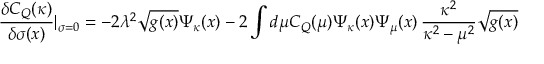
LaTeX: \frac { \delta C _ { Q } ( \kappa ) } { \delta \sigma ( x ) } | _ { \sigma = 0 } = - 2 \lambda ^ { 2 } \sqrt { g ( x ) } \Psi _ { \kappa } ( x ) - 2 \int d \mu C _ { Q } ( \mu ) \Psi _ { \kappa } ( x ) \Psi _ { \mu } ( x ) \, \frac { \kappa ^ { 2 } } { \kappa ^ { 2 } - \mu ^ { 2 } } \sqrt { g ( x ) }